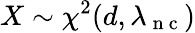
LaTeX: X\sim\chi^{2}(d,\lambda_{\mathrm{~n~c~}})